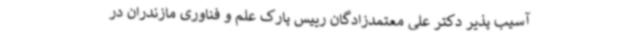
آسیب پذیر دکتر علی معتمدزادگان رییس پارک علم و فناوری مازندران در